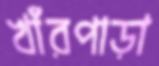
খাঁরপাড়া